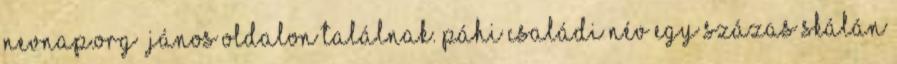
nevnap.org János oldalon találnak. Páhi családi név egy százas skálán